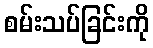
စမ်းသပ်ခြင်းကို